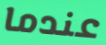
عندما